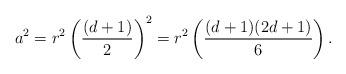
LaTeX: \begin{align*}a^2=r^2\left(\frac{(d+1)}{2}\right)^2=r^2\left(\frac{(d+1)(2d+1)}{6}\right).\end{align*}